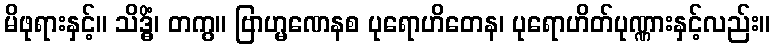
မိဖုရားနှင့်။ သိဒ္ဓိံ၊ တကွ။ ဗြာဟ္မဏေနစ ပုရောဟိတေန၊ ပုရောဟိတ်ပုဏ္ဏားနှင့်လည်း။